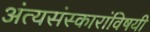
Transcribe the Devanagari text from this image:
अंत्यसंस्कारांविषयी